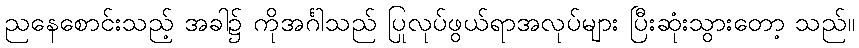
ညနေစောင်းသည့် အခါ၌ ကိုအင်္ဂါသည် ပြုလုပ်ဖွယ်ရာအလုပ်များ ပြီးဆုံးသွားတော့ သည်။